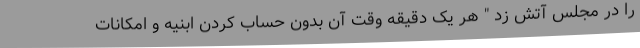
را در مجلس آتش زد " هر یک دقیقه وقت آن بدون حساب کردن ابنیه و امکانات